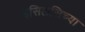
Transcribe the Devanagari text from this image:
इसिलसिच्या